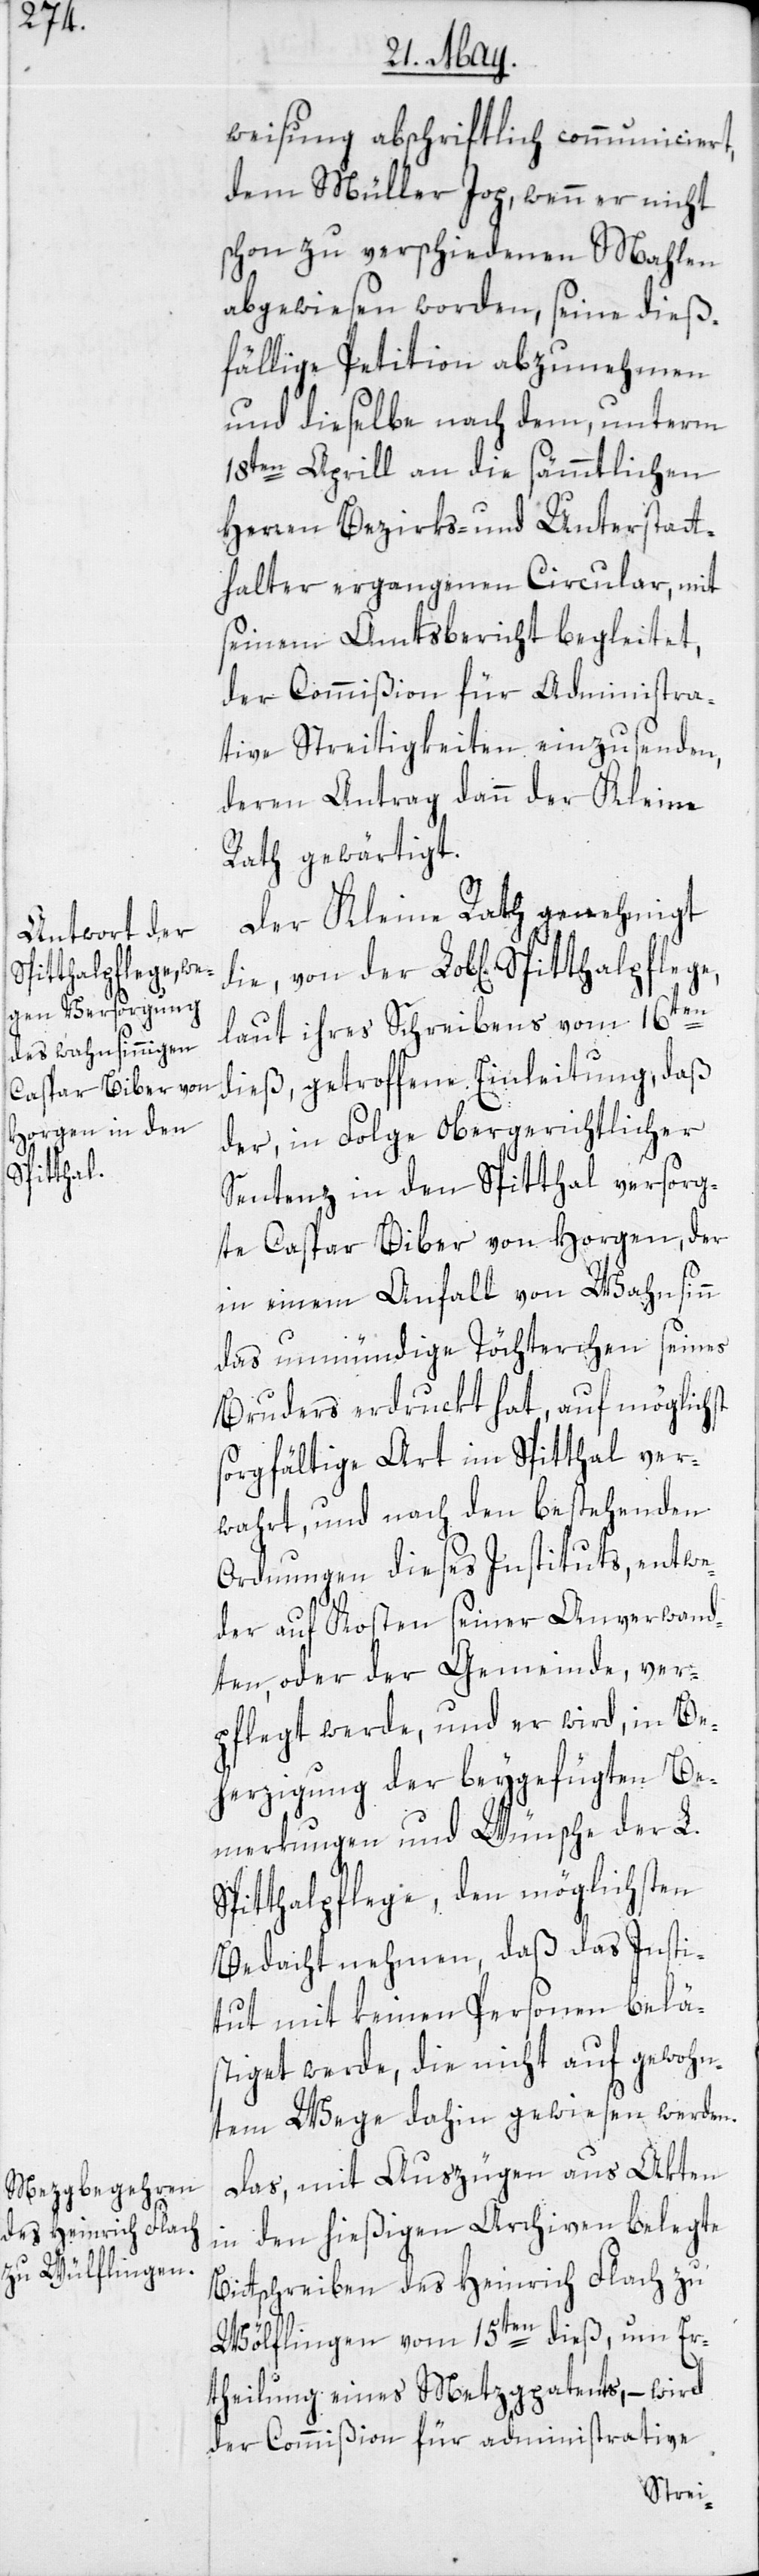
Spitthalpflege,

weisung abschriftlich communiciert,
dem Müller Jop, wenn er nicht
schon zu verschiedenen Mahlen
abgewiesen worden, seine dieß¬
fällige Petition abzunehmen
und dieselbe nach dem, unterm
18ten Aprill an die sämmtlichen
Herren Bezirks- und Unterstatt¬
halter ergangenen Circular, mit
seinem Amtsbericht begleitet,
der Commißion für Administra¬
tive Streitigkeiten einzusenden,
deren Antrag dann der Kleine
Rath gewärtigt.
Der Kleine Rath genehmigt
laut ihres Schreibens vom 16ten
dieß, getroffene Einleitung, daß
der, in Folge Obergerichtlicher
Sentenz in den Spitthal versorg¬
te Caspar Biber von Horgen, der
in einem Anfall von Wahnsinn
das unmündige Töchterchen seines
Bruders erdruckt hat, auf möglichst
sorgfältige Art im Spitthal ver¬
wahrt, und nach den bestehenden
Ordnungen dieses Instituts, entwe¬
der auf Kosten seiner Anverwand¬
ten, oder der Gemeinde, ver¬
pflegt werde, und er wird, in Be¬
herzigung der beygefügten Be¬
merkungen und Wünsche der L.
Spitthalpflege, den möglichsten
Bedacht nehmen, daß das Insti¬
tut mit keinen Personen beläs¬
tiget werde, die nicht auf gewohn¬
tem Wege dahin gewiesen werden.
Das, mit Auszügen aus Akten
in den hießigen Archiven belegte
Bittschreiben des Heinrich Flach zu
Wölflingen vom 15ten dieß, um Er¬
theilung eines Metzgpatents, – wird
der Commißion für administrative